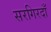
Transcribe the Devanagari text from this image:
सरगिरदाँ